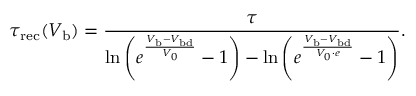
\tau _ { \mathrm { r e c } } ( V _ { \mathrm { b } } ) = \frac { \tau } { \ln \left( e ^ { \frac { V _ { \mathrm { b } } - V _ { \mathrm { b d } } } { V _ { 0 } } } - 1 \right) - \ln \left( e ^ { \frac { V _ { \mathrm { b } } - V _ { \mathrm { b d } } } { V _ { 0 } \cdot e } } - 1 \right) } .